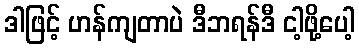
ဒါဖြင့် ဟန်ကျတာပဲ ဒီဘရန်ဒီ ငါ့ဖို့ပေါ့